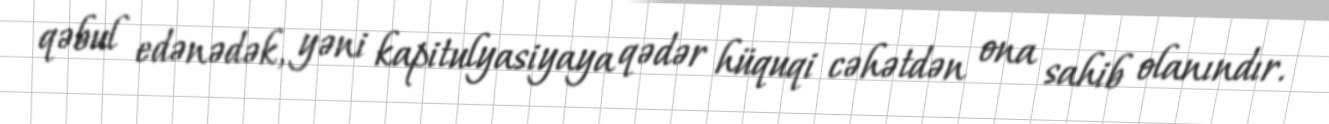
qəbul edənədək, yəni kapitulyasiyaya qədər hüquqi cəhətdən ona sahib olanındır.